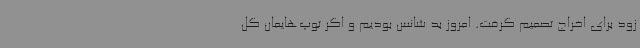
زود برای اخراج تصمیم گرفت. امروز بد شانس بودیم و اگر توپ‌هایمان گل